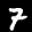
Label: 7